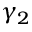
\gamma _ { 2 }